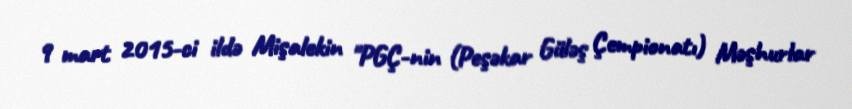
9 mart 2015-ci ildə Mişalekin "PGÇ-nin (Peşəkar Güləş Çempionatı) Məşhurlar